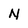
Character: N